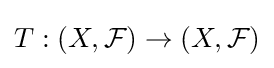
T:(X,{\mathcal {F}})\to (X,{\mathcal {F}})